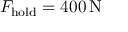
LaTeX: F _ { \mathrm { h o l d } } = 4 0 0 \, \mathrm { N }